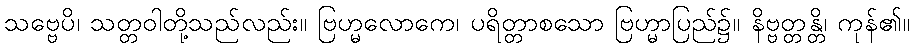
သဗ္ဗေပိ၊ သတ္တဝါတို့သည်လည်း။ ဗြဟ္မလောကေ၊ ပရိတ္တာစသော ဗြဟ္မာပြည်၌။ နိဗ္ဗတ္တန္တိ၊ ကုန်၏။